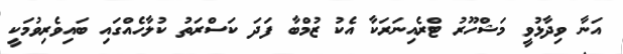
އަނާ ވިދާޅުވީ މަޝްހޫރު ޓްރެއިނަރަކާ އެކު ޒުމްބާ ފަދަ ކަސްރަތު ކުލާހެއްގައި ބައިވެރިވުމަކީ